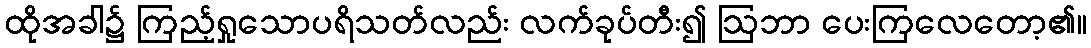
ထိုအခါ၌ ကြည့်ရှုသောပရိသတ်လည်း လက်ခုပ်တီး၍ ဩဘာ ပေးကြလေတော့၏။